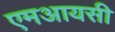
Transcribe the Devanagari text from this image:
एमआयसी